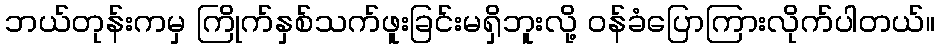
ဘယ်တုန်းကမှ ကြိုက်နှစ်သက်ဖူးခြင်းမရှိဘူးလို့ ဝန်ခံပြောကြားလိုက်ပါတယ်။